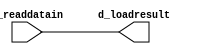
module load_data_translator(
	d_readdatain,
	d_loadresult
);

//parameter WIDTH=32;

input [31:0] d_readdatain;

output [31:0] d_loadresult;

wire d_adr_one;
assign d_adr_one = d_address [1];
reg [31:0] d_loadresult;
reg sign;
wire [1:0] d_address;
assign d_address [1:0] =d_readdatain [25:24];


//assume always full-word-access
always @(d_readdatain or d_address )
begin
	d_loadresult[31:0]=d_readdatain[31:0];
end
/*
Odin II REFUSES TO ACKNOWLEDGE THAT SIGN EXTENDING IS NOT A COMBINATIONAL LOOP
always @(d_readdatain or d_address or load_size or load_sign_ext)
begin
	case (load_size)
		2'b11:
		begin
			case (d_address)
				2'b00:
					begin
					d_loadresult[7:0]=d_readdatain[31:24];
					sign = d_readdatain[31];
					end
				2'b01:
						begin
						d_loadresult[7:0]=d_readdatain[23:16];
						sign = d_readdatain[23];
						end
				2'b10: 
					begin
					d_loadresult[7:0]=d_readdatain[15:8];
					sign = d_readdatain[15];
					end
				default: 
					begin
					d_loadresult[7:0]=d_readdatain[7:0];
					sign = d_readdatain[7];
					end
			endcase
			// peter milankov note: do this by hand
			// odin II does not support multiple concatenation
			//d_loadresult[31:8]={24{load_sign_ext&d_loadresult[7]}};
			d_loadresult[31]= load_sign_ext&sign;
			d_loadresult[30]= load_sign_ext&sign;
			d_loadresult[29]= load_sign_ext&sign;
			d_loadresult[28]= load_sign_ext&sign;
			d_loadresult[27]= load_sign_ext&sign;
			d_loadresult[26]= load_sign_ext&sign;
			d_loadresult[25]= load_sign_ext&sign;
			d_loadresult[24]= load_sign_ext&sign;
			d_loadresult[23]= load_sign_ext&sign;
			d_loadresult[22]= load_sign_ext&sign;
			d_loadresult[21]= load_sign_ext&sign;
			d_loadresult[20]= load_sign_ext&sign;
			d_loadresult[19]= load_sign_ext&sign;
			d_loadresult[18]= load_sign_ext&sign;
			d_loadresult[17]= load_sign_ext&sign;
			d_loadresult[16]= load_sign_ext&sign;
			d_loadresult[15]= load_sign_ext&sign;
			d_loadresult[14]= load_sign_ext&sign;
			d_loadresult[13]= load_sign_ext&sign;
			d_loadresult[12]= load_sign_ext&sign;
			d_loadresult[11]= load_sign_ext&sign;
			d_loadresult[10]= load_sign_ext&sign;
			d_loadresult[9]= load_sign_ext&sign;
			d_loadresult[8]= load_sign_ext&sign;
		end
		2'b01:
		begin
			case (d_adr_one)
				1'b0:
					begin
						d_loadresult[15:0]=d_readdatain[31:16];
						sign = d_readdatain[31];
					end
				default:
					begin
						d_loadresult[15:0]=d_readdatain[15:0];
						sign = d_readdatain[15];
					end
			endcase
// peter milankov note sign extend is concat, do by hand
			//d_loadresult[31:16]={16{load_sign_ext&d_loadresult[15]}};
			d_loadresult[31]= load_sign_ext&sign;
			d_loadresult[30]= load_sign_ext&sign;
			d_loadresult[29]= load_sign_ext&sign;
			d_loadresult[28]= load_sign_ext&sign;
			d_loadresult[27]= load_sign_ext&sign;
			d_loadresult[26]= load_sign_ext&sign;
			d_loadresult[25]= load_sign_ext&sign;
			d_loadresult[24]= load_sign_ext&sign;
			d_loadresult[23]= load_sign_ext&sign;
			d_loadresult[22]= load_sign_ext&sign;
			d_loadresult[21]= load_sign_ext&sign;
			d_loadresult[20]= load_sign_ext&sign;
			d_loadresult[19]= load_sign_ext&sign;
			d_loadresult[18]= load_sign_ext&sign;
			d_loadresult[17]= load_sign_ext&sign;
			d_loadresult[16]= load_sign_ext&sign;
		end
		default:
			d_loadresult[31:0]=d_readdatain[31:0];
	endcase
end
*/
endmodule